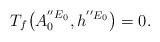
\begin{align*}\begin{aligned} T_{f}\big(A^{{''E}_{0}}_{0}, h^{{''E}_{0}}\big)=0.\end{aligned}\end{align*}